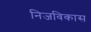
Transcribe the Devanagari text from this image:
निजविकास